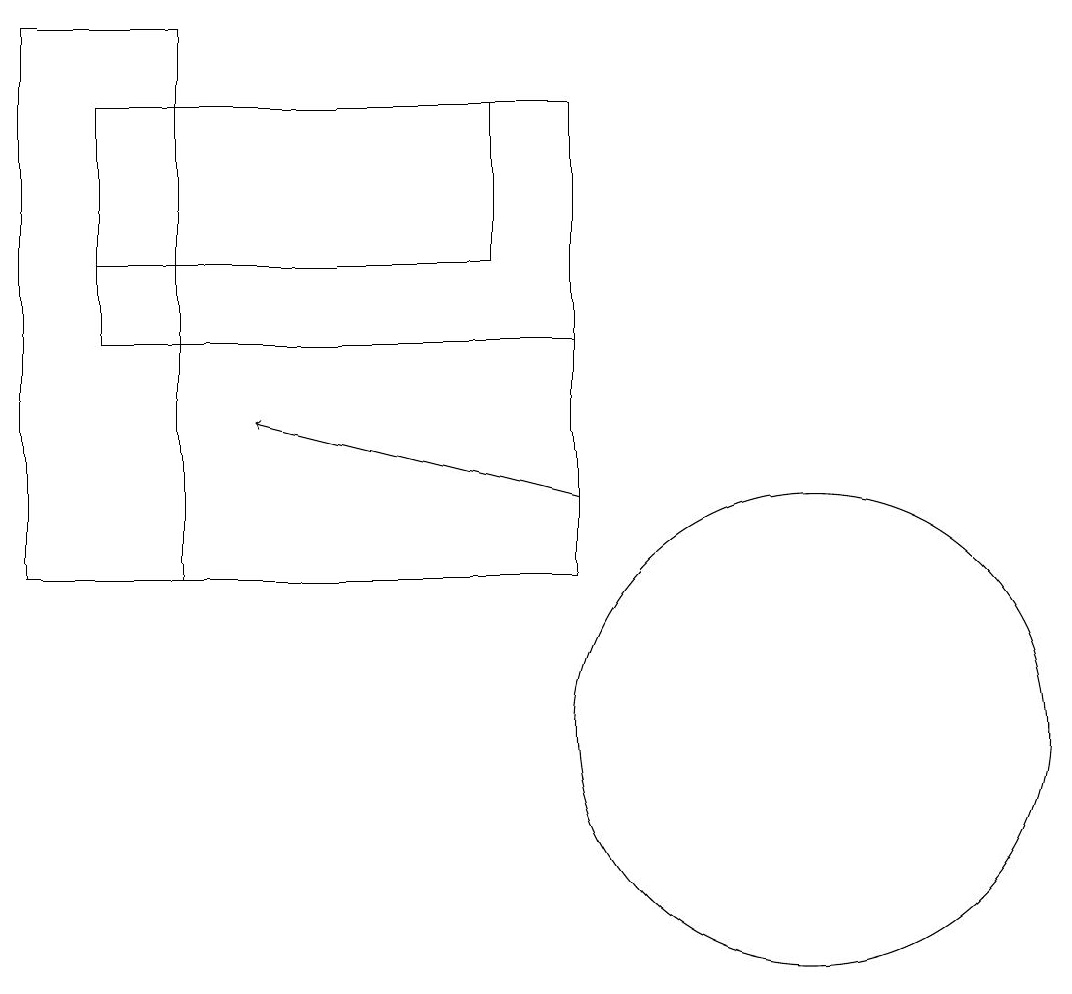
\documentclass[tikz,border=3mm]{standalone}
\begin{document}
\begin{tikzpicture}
\draw (8,12) rectangle (3,18);
\draw (11,10) circle (3);
\draw (1,12) rectangle (3,19);
\draw (7,16) rectangle (2,18);
\draw[->] (8,13) -- (4,14);
\draw (2,18) rectangle (8,15);
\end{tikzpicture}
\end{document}